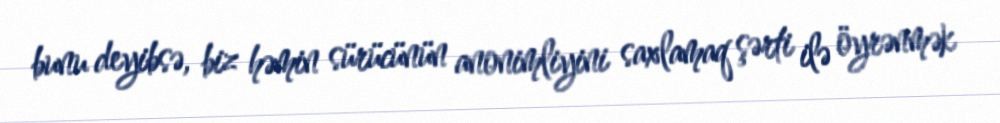
bunu deyibsə, biz həmin sürücünün anonimliyini saxlamaq şərti ilə öyrənmək